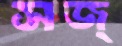
সজ্